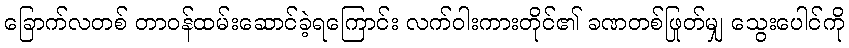
ခြောက်လတစ် တာဝန်ထမ်းဆောင်ခဲ့ရကြောင်း လက်ဝါးကားတိုင်၏ ခဏတစ်ဖြုတ်မျှ သွေးပေါင်ကို